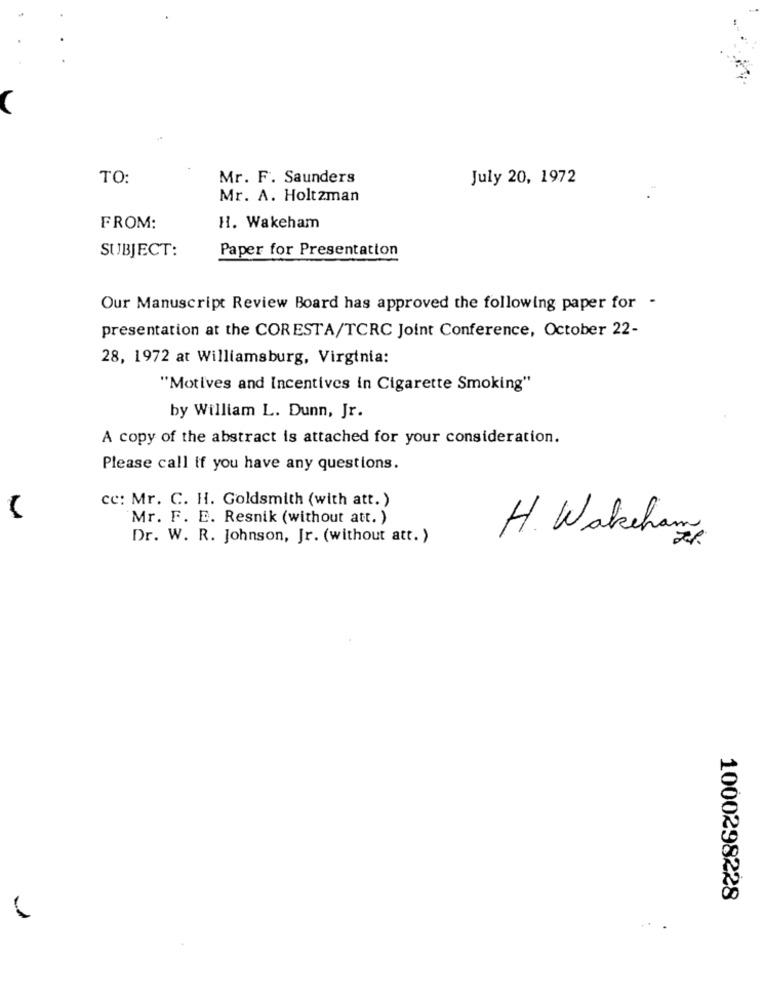
TO:
Mr. F. Saunders
July 20, 1972
Mr. A. Holtzman
FROM:
H. Wakeham
SUBJECT:
Paper for Presentation
Our Manuscript Review Board has approved the following paper for -
presentation at the CORESTA/TCRC Joint Conference, October 22-
28, 1972 at Williamsburg, Virginia:
"Motives and Incentives in Cigarette Smoking"
by William L. Dunn, Jr.
A copy of the abstract is attached for your consideration.
Please call if you have any questions.
cc: Mr. C. H. Goldsmith (with att.)
Mr. F. E. Resnik (without att. )
Dr. W. R. Johnson, Jr. (without att. )
H. Wakeham
1000298228